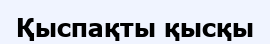
Қыспақты қысқы